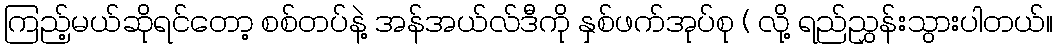
ကြည့်မယ်ဆိုရင်တော့ စစ်တပ်နဲ့ အန်အယ်လ်ဒီကို နှစ်ဖက်အုပ်စု ( လို့ ရည်ညွှန်းသွားပါတယ်။